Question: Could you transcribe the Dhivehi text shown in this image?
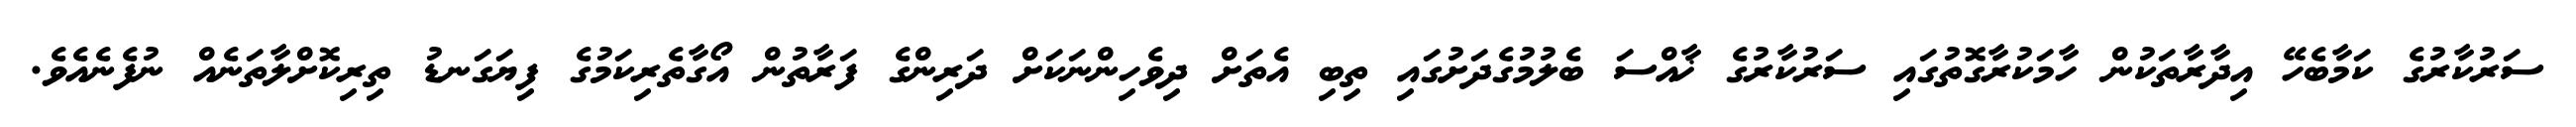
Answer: ސަރުކާރުގެ ކަމާބެހޭ އިދާރާތަކުން ހާމަކުރާގޮތުގައި ސަރުކާރުގެ ޚާއްސަ ބެލުމުގެދަށުގައި ތިބި އެތަށް ދިވެހިންނަކަށް ދަރިންގެ ފަރާތުން އޯގާތެރިކަމުގެ ފިޔަގަނޑު ތިރިކޮށްލާތަނެއް ނުފެނެއެވެ.